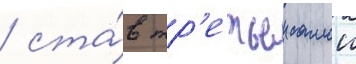
/ ста́в тр'етьеи самои